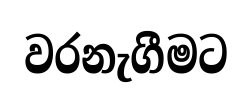
වරනැගීමට